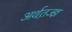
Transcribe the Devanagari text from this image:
अर्थत़ज्ज्ञ